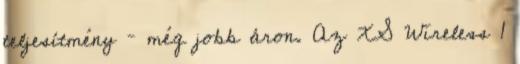
teljesítmény – még jobb áron. Az XS Wireless 1